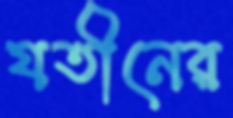
যতীনের